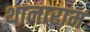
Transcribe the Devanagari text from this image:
थानाराम